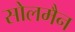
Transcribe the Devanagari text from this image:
सोलमैन